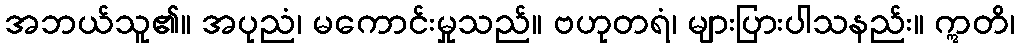
အဘယ်သူ၏။ အပုညံ၊ မကောင်းမှုသည်။ ဗဟုတရံ၊ များပြားပါသနည်း။ ဣတိ၊